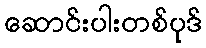
ဆောင်းပါးတစ်ပုဒ်